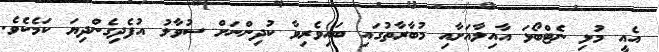
އެއީ މުޅި ނެޓްބޯޅަ އާއިލާއަށާއި މުބާރާތުގައި ބައިވެރިވާ ކުދިންނަށް ސުވާލު އުފެދިގެންދިޔަ ކަމެކެވެ.